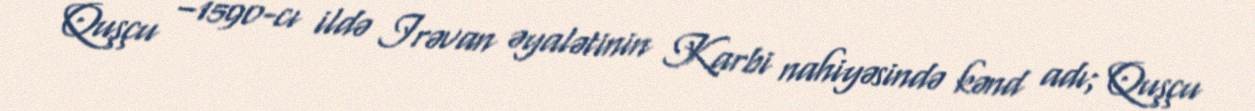
Quşçu –1590-cı ildə Irəvan əyalətinin Karbi nahiyəsində kənd adı; Quşçu